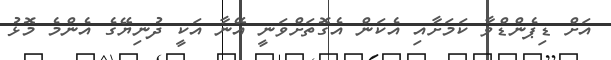
އަށް ޑިޕެންޑްވާ ކަމަށާއި އެކަން އެގޮތަށްވަނީ އޭނާ އަކީ ދުނިޔޭގެ އެންމެ މޮޅު